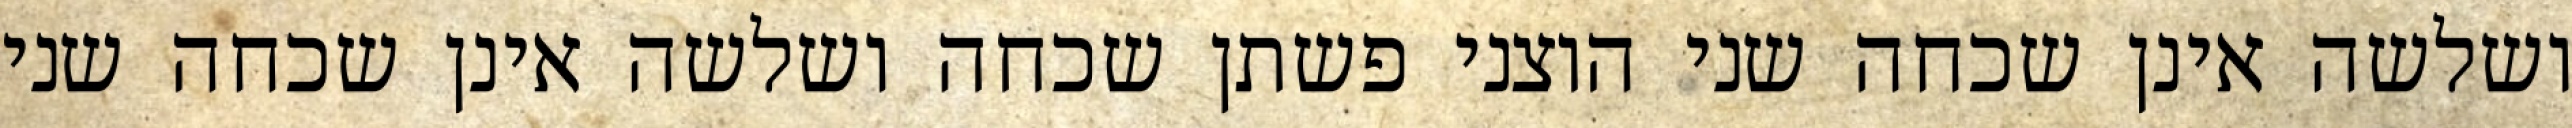
ושלשה אינן שכחה שני הוצני פשתן שכחה ושלשה אינן שכחה שני